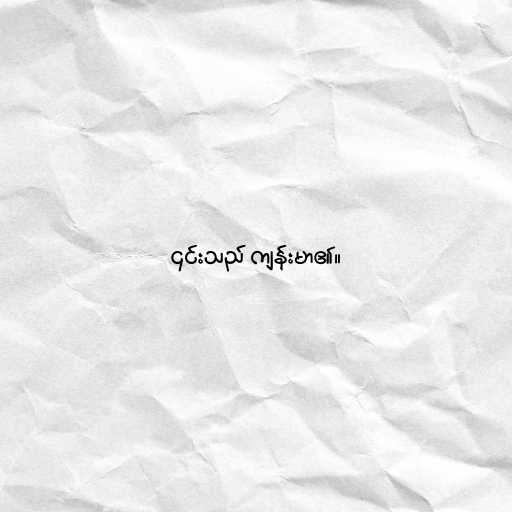
၎င်းသည် ကျန်းမာ၏။